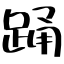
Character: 踊